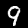
Label: 9